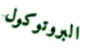
البروتوكول